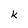
Character: k